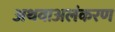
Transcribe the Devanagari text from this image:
अथवाअलंकरण